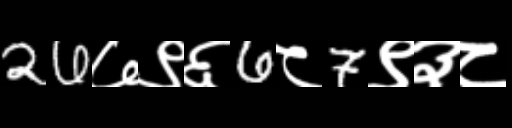
Text: 26७९६6८7९३८